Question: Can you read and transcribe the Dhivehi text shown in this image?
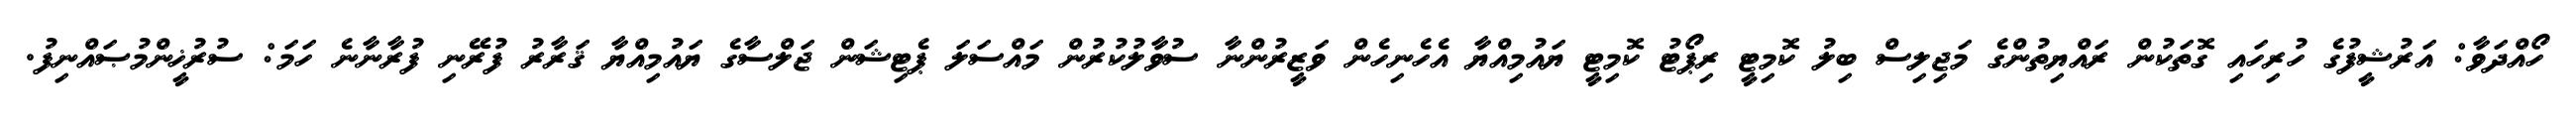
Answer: ހޯއްދަވާ: އަރުޝީފުގެ ހުރިހައި ގޮތަކުން ރައްޔިތުންގެ މަޖިލިސް ބިލު ކޮމިޓީ ރިޕޯޓު ކޮމިޓީ ޔައުމިއްޔާ އެހެނިހެން ވަޒީރުންނާ ސުވާލުކުރުން މައްސަލަ ޕެޓިޝަން ޖަލްސާގެ ޔައުމިއްޔާ ޤަރާރު ފުރޭނި ފުރާނާނެ ހަމަ: ސުރުޚީންމުޞައްނިފު.